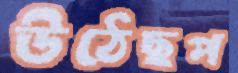
উঠেছপ